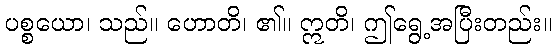
ပစ္စယော၊ သည်။ ဟောတိ၊ ၏။ ဣတိ၊ ဤရွေ့အပြီးတည်း။